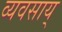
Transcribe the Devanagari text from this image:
व्यवसाय्